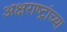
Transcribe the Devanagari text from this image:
अक्षराष्ट्रांच्या